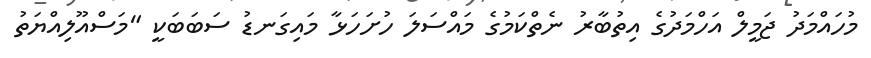
މުހައްމަދު ޖަމީލް އަހްމަދުގެ އިތުބާރު ނެތްކަމުގެ މައްސަލަ ހުށަހަޅާ މައިގަނޑު ސަބަބަކީ "މަސްއޫލިއްޔަތު